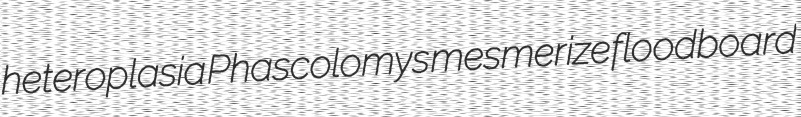
heteroplasia Phascolomys mesmerize floodboard